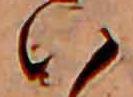
い